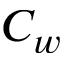
C _ { w }